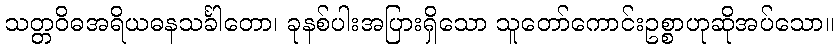
သတ္တဝိဓအရိယဓနသင်္ခါတော၊ ခုနစ်ပါးအပြားရှိသော သူတော်ကောင်းဥစ္စာဟုဆိုအပ်သော။